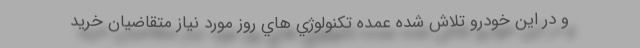
و در این خودرو تلاش شده عمده تكنولوژي هاي روز مورد نیاز متقاضيان خريد